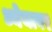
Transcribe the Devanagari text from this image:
ध्येयावर